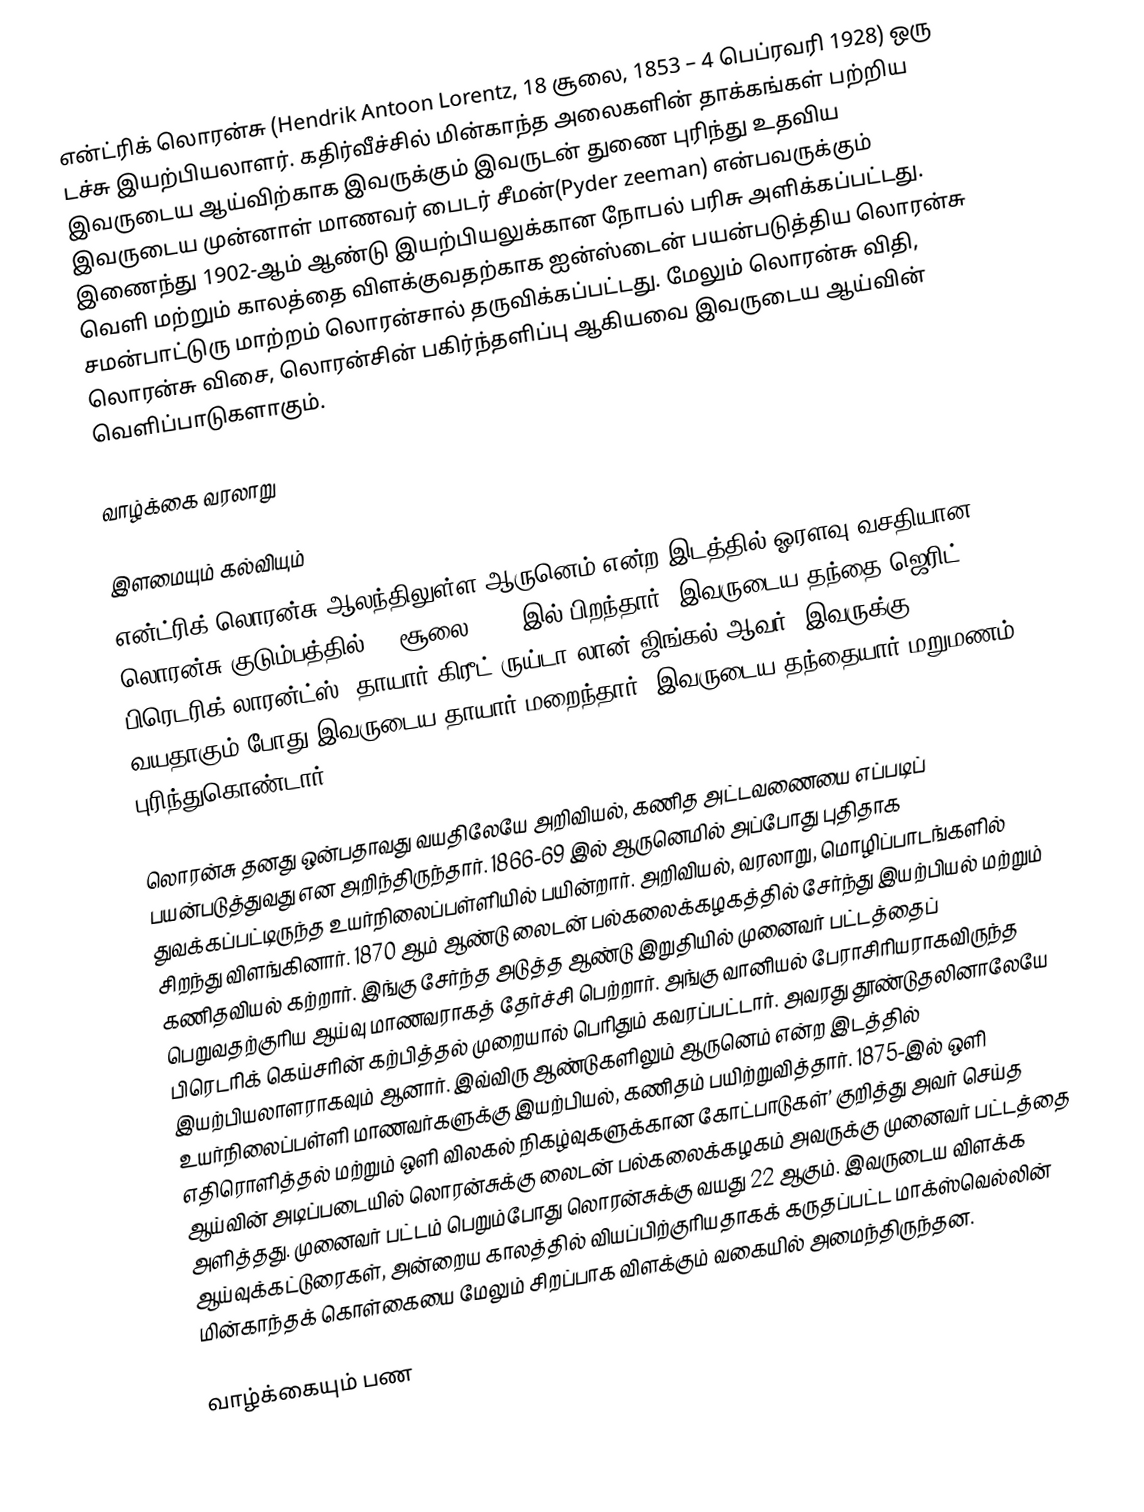
என்ட்ரிக் லொரன்சு (Hendrik Antoon Lorentz, 18 சூலை, 1853 – 4 பெப்ரவரி 1928) ஒரு டச்சு இயற்பியலாளர். கதிர்வீச்சில் மின்காந்த அலைகளின் தாக்கங்கள் பற்றிய இவருடைய ஆய்விற்காக இவருக்கும் இவருடன் துணை புரிந்து உதவிய இவருடைய முன்னாள் மாணவர் பைடர் சீமன்(Pyder zeeman) என்பவருக்கும் இணைந்து 1902-ஆம் ஆண்டு இயற்பியலுக்கான நோபல் பரிசு அளிக்கப்பட்டது. வெளி மற்றும் காலத்தை விளக்குவதற்காக ஐன்ஸ்டைன் பயன்படுத்திய லொரன்சு சமன்பாட்டுரு மாற்றம் லொரன்சால் தருவிக்கப்பட்டது. மேலும் லொரன்சு விதி, லொரன்சு விசை, லொரன்சின் பகிர்ந்தளிப்பு ஆகியவை இவருடைய ஆய்வின் வெளிப்பாடுகளாகும்.

வாழ்க்கை வரலாறு

இளமையும் கல்வியும்
என்ட்ரிக் லொரன்சு ஆலந்திலுள்ள ஆருனெம் என்ற இடத்தில் ஓரளவு வசதியான லொரன்சு குடும்பத்தில் 18 சூலை 1853 இல் பிறந்தார்.  இவருடைய தந்தை ஜெரிட் பிரெடரிக் லாரன்ட்ஸ், தாயார் கிரீட் ருய்டா லான் ஜிங்கல் ஆவர். இவருக்கு 4 வயதாகும் போது இவருடைய தாயார் மறைந்தார். இவருடைய தந்தையார் மறுமணம் புரிந்துகொண்டார்.

லொரன்சு  தனது ஒன்பதாவது வயதிலேயே அறிவியல், கணித அட்டவணையை எப்படிப் பயன்படுத்துவது  என அறிந்திருந்தார். 1866-69 இல் ஆருனெமில் அப்போது புதிதாக துவக்கப்பட்டிருந்த உயர்நிலைப்பள்ளியில் பயின்றார். அறிவியல், வரலாறு, மொழிப்பாடங்களில் சிறந்து விளங்கினார். 1870 ஆம் ஆண்டு லைடன் பல்கலைக்கழகத்தில் சேர்ந்து இயற்பியல் மற்றும் கணிதவியல் கற்றார். இங்கு சேர்ந்த அடுத்த ஆண்டு இறுதியில் முனைவர் பட்டத்தைப் பெறுவதற்குரிய ஆய்வு மாணவராகத் தேர்ச்சி பெற்றார். அங்கு வானியல் பேராசிரியராகவிருந்த பிரெடரிக் கெய்சரின் கற்பித்தல் முறையால் பெரிதும் கவரப்பட்டார். அவரது தூண்டுதலினாலேயே இயற்பியலாளராகவும் ஆனார். இவ்விரு ஆண்டுகளிலும் ஆருனெம் என்ற இடத்தில் உயர்நிலைப்பள்ளி மாணவர்களுக்கு இயற்பியல், கணிதம் பயிற்றுவித்தார். 1875-இல் ஒளி எதிரொளித்தல் மற்றும் ஒளி விலகல் நிகழ்வுகளுக்கான கோட்பாடுகள்’ குறித்து அவர் செய்த ஆய்வின் அடிப்படையில் லொரன்சுக்கு லைடன் பல்கலைக்கழகம் அவருக்கு முனைவர் பட்டத்தை அளித்தது. முனைவர் பட்டம் பெறும்போது லொரன்சுக்கு வயது 22 ஆகும்.  இவருடைய விளக்க ஆய்வுக்கட்டுரைகள், அன்றைய காலத்தில் வியப்பிற்குரியதாகக் கருதப்பட்ட மாக்ஸ்வெல்லின் மின்காந்தக் கொள்கையை மேலும் சிறப்பாக விளக்கும் வகையில் அமைந்திருந்தன.

வாழ்க்கையும் பண